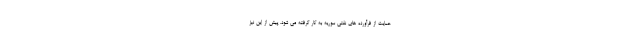
حمایت از فرآورده های نفتی سوریه به کار گرفته می شود. پیش از این نیز